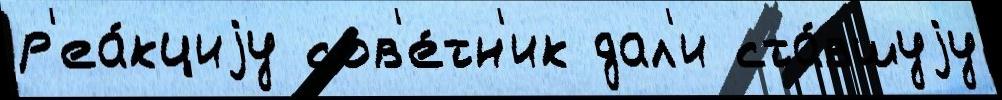
р'еа́кциjу сов'е́тн'ик дал'и ста́вшуjу